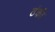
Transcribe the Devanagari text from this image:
ठंकी